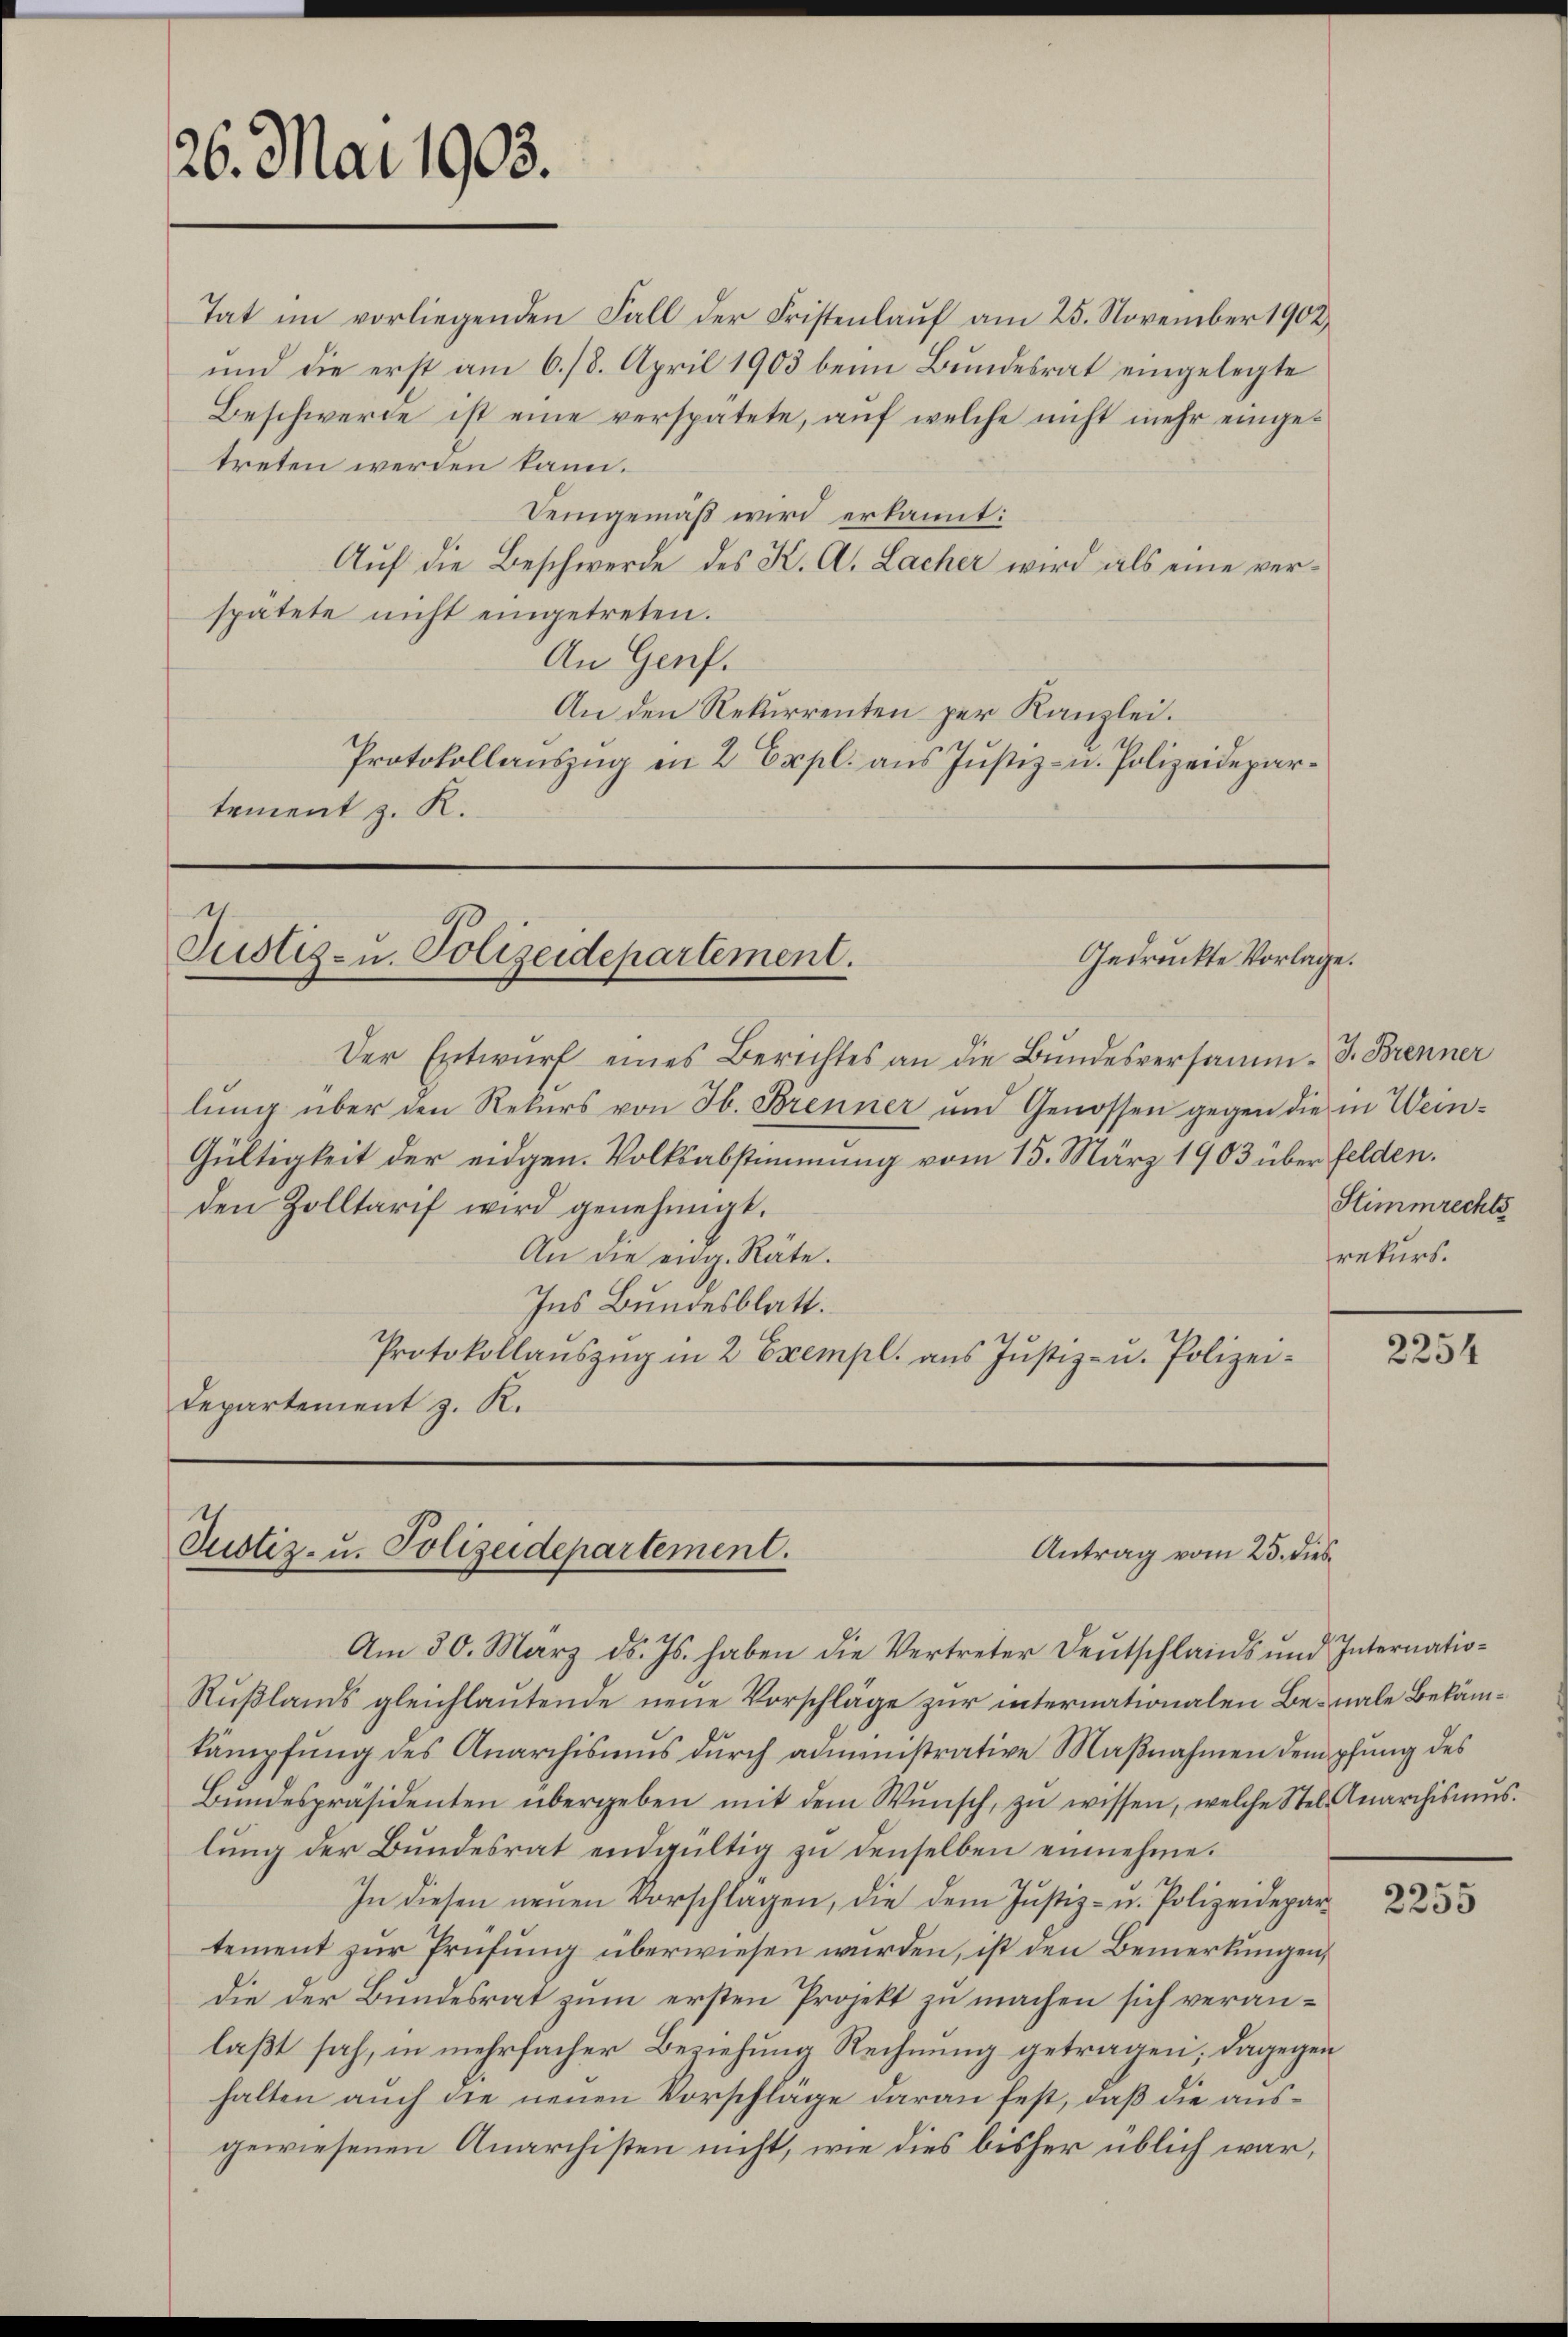
26. Mai 1903.

Tat im vorliegenden Fall der Fristenlauf am 25. November 1902
und die erst am 6./8. April 1903 beim Bundesrat eingelegte
Beschwerde ist eine verspätete, auf welche nicht mehr eingetreten werden kann.
Demgemäß wird erkannt:
Auf die Beschwerde des K. A. Lacher wird als eine verspätete nicht eingetreten.
An Genf.
An den Rekurrenten per Kanzlei.
Protokollauszug in 2 Expl. aus Justiz- u. Polizeidepartement z. K.

Justiz- u. Polizeidepartement.
Gedruckte Vorlage.

Der Entwurf eines Berichtes an die Bundesversamm- J. Brenner
lung über den Rekurs von H. Brenner und Genossen gegen die in Wein¬
Gültigkeit der eidgen. Volksabstimmung vom 15. März 1903 über felden.
den Zolltarif wird genehmigt.
An die eidg. Räte.
Ins Bundesblatt.
Protokollauszug in 2 Exempl. aus Justiz- u. Polizei¬
Departement z. R.

Justiz- u. Polizeidepartement.
Antrag vom 25. dies

Am 30. März d. Js. haben die Vertreter Deutschlands und Internatio¬
Rußlands gleichlautende neue Vorschläge zur internationalen Benale Bekämkämpfung des Anarchismus durch administrative Maßnahmen dempfung des
Bŭndespräsidenten übergeben mit dem Wunsch, zŭ wissen, welche Stel- Anarchismŭs.
lung der Bundesrat endgültig zu denselben einnehme.
In diesen neŭen Vorschlagen, die dem Justiz- u. Polizeidepartement zur Prüfung überwiesen wurden, ist den Bemerkungen,
die der Bundesrat zum ersten Projekt zu machen sich veranlaßt sah, in mehrfacher Beziehung Rechnung getragen; dagegen
halten auch die neuen Vorschläge daran fest, daß die ausgewiesenen Anarchisten nicht, wie dies bisher üblich war,

Stimmrechts
rekurs.

2254

2255